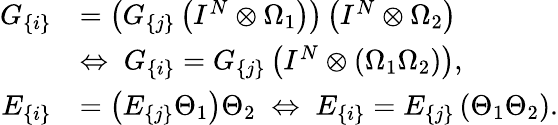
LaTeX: \begin{array}{rl}{G_{\{ i\} }}&{=\left(G_{\{ j\} }\left(I^{N}\otimes\Omega_{1}\right)\right)\left(I^{N}\otimes\Omega_{2}\right)}\\ &{\Leftrightarrow\; G_{\{ i\} }=G_{\{ j\} }\left(I^{N}\otimes\left(\Omega_{1}\Omega_{2}\right)\right),}\\ {E_{\{ i\} }}&{=\left(E_{\{ j\} }\Theta_{1}\right)\Theta_{2}\; \Leftrightarrow\; E_{\{ i\} }=E_{\{ j\} }\left(\Theta_{1}\Theta_{2}\right).}\end{array}